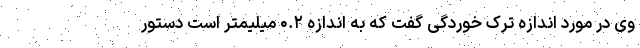
وی در مورد اندازه ترک خوردگی گفت که به اندازه ۰.۲ میلیمتر است دستور